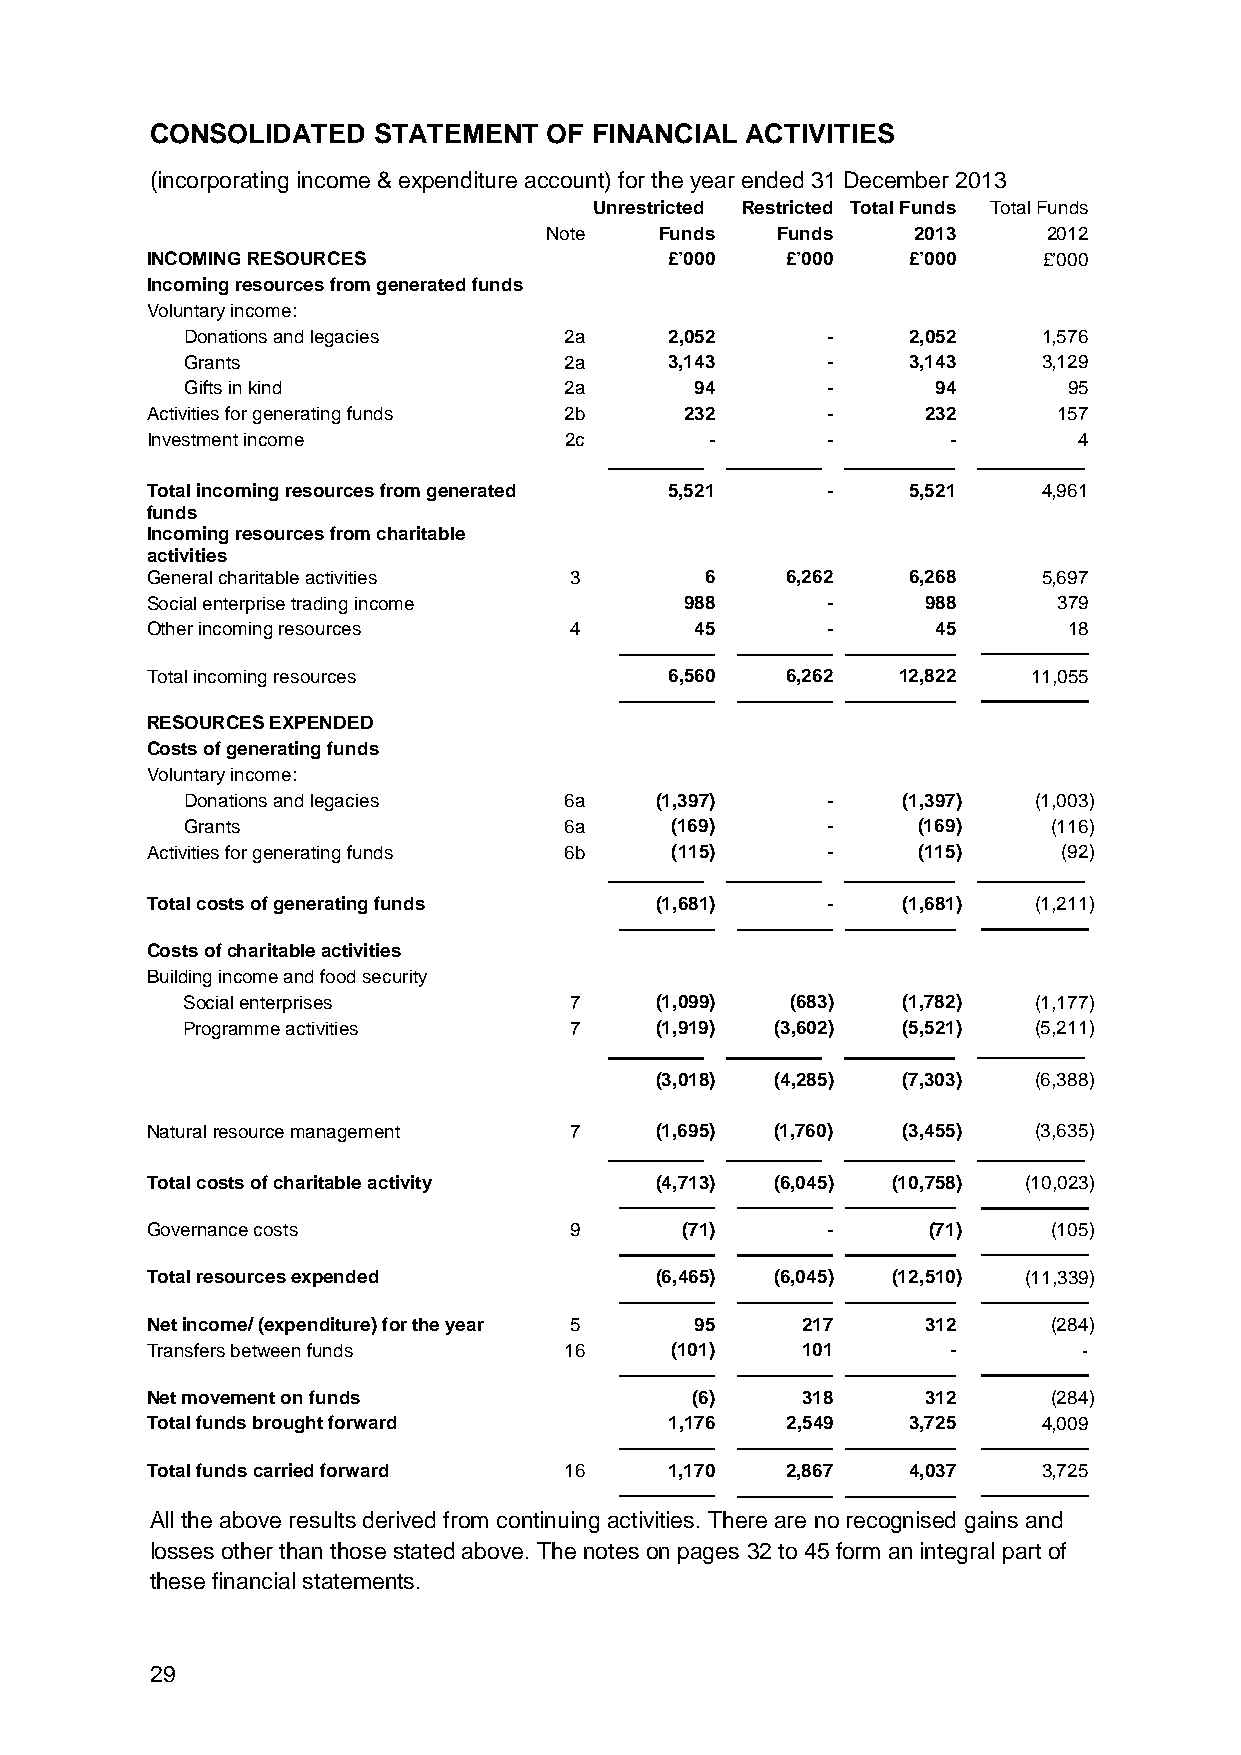
CONSOLIDATED   STATEMENT  OF FINANCIAL ACTIVITIES
 (incorporating income & expenditure account) for the year ended 31 December 2013
 Unrestricted Restricted Total Funds Total Funds
 Note    Funds  Funds    2013     2012
 INCOMING RESOURCES                £’000   £’000   £’000    £’000
 Incoming resources from generated funds
 Voluntary income:
 Donations and legacies   2a     2,052      -    2,052    1,576
 Grants                   2a     3,143      -    3,143    3,129
 Gifts in kind            2a       94       -      94       95
 Activities for generating funds 2b 232       -     232      157
 Investment income          2c        -       -       -       4
 Total incoming resources from generated 5,521 -   5,521    4,961
 funds
 Incoming resources from charitable
 activities
 General charitable activities 3      6    6,262   6,268    5,697
 Social enterprise trading income   988       -     988      379
 Other incoming resources    4       45       -      45       18
 Total incoming resources          6,560   6,262  12,822   11,055
 RESOURCES EXPENDED
 Costs of generating funds
 Voluntary income:
 Donations and legacies   6a    (1,397)     -    (1,397) (1,003)
 Grants                   6a     (169)      -     (169)    (116)
 Activities for generating funds 6b (115)     -     (115)    (92)
 Total costs of generating funds  (1,681)     -    (1,681) (1,211)
 Costs of charitable activities
 Building income and food security
 Social enterprises        7    (1,099)  (683)   (1,782) (1,177)
 Programme activities      7    (1,919) (3,602)  (5,521) (5,211)
 (3,018) (4,285)  (7,303) (6,388)
 Natural resource management 7    (1,695) (1,760)  (3,455) (3,635)
 Total costs of charitable activity (4,713) (6,045) (10,758) (10,023)
 Governance costs            9      (71)      -     (71)     (105)
 Total resources expended         (6,465) (6,045) (12,510) (11,339)
 Net income/ (expenditure) for the year 5 95 217    312      (284)
 Transfers between funds    16     (101)    101       -        -
 Net movement on funds               (6)    318     312      (284)
 Total funds brought forward       1,176   2,549   3,725    4,009
 Total funds carried forward 16    1,170   2,867   4,037    3,725
 All the above results derived from continuing activities. There are no recognised gains and
 losses other than those stated above. The notes on pages 32 to 45 form an integral part of
 these financial statements.
 29